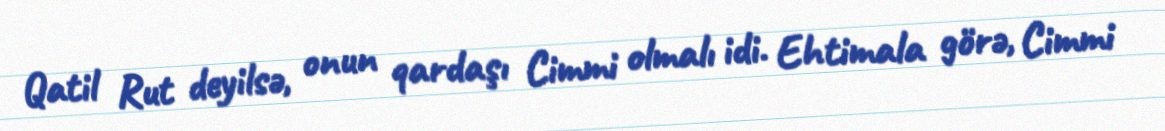
Qatil Rut deyilsə, onun qardaşı Cimmi olmalı idi. Ehtimala görə, Cimmi